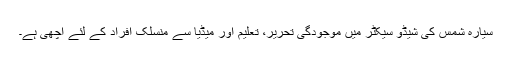
سیارہ شمس کی شیڈو سیکٹر میں موجودگی تحریر، تعلیم اور میڈیا سے منسلک افراد کے لئے اچھی ہے۔